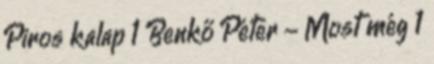
Piros kalap 1 Benkő Péter - Most még 1